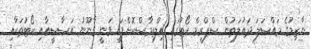
ނާޒިމުގެ މައްސަލަ ދައުލަތުން ސްޕްރީމް ކޯޓުގައި އިލްތިމާސްކޮށްފައި ވަނީ ގާނޫނު އަސާސީއާއި ކޯޓުތަކާއި